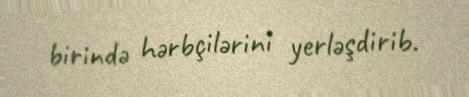
birində hərbçilərini yerləşdirib.